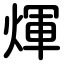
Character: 煇